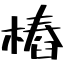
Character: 樁